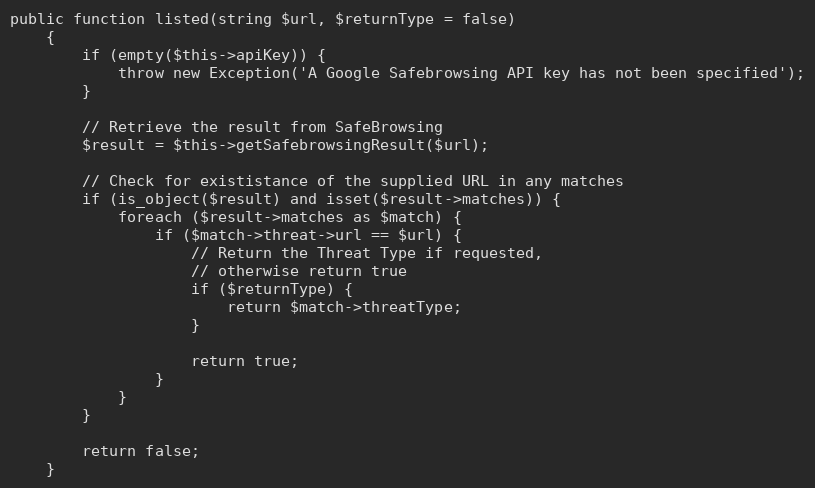
Language: PHP
public function listed(string $url, $returnType = false)
    {
        if (empty($this->apiKey)) {
            throw new Exception('A Google Safebrowsing API key has not been specified');
        }

        // Retrieve the result from SafeBrowsing
        $result = $this->getSafebrowsingResult($url);

        // Check for exististance of the supplied URL in any matches
        if (is_object($result) and isset($result->matches)) {
            foreach ($result->matches as $match) {
                if ($match->threat->url == $url) {
                    // Return the Threat Type if requested,
                    // otherwise return true
                    if ($returnType) {
                        return $match->threatType;
                    }

                    return true;
                }
            }
        }

        return false;
    }